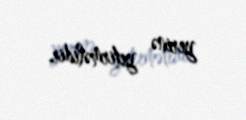
yerinə yetirməlidir.